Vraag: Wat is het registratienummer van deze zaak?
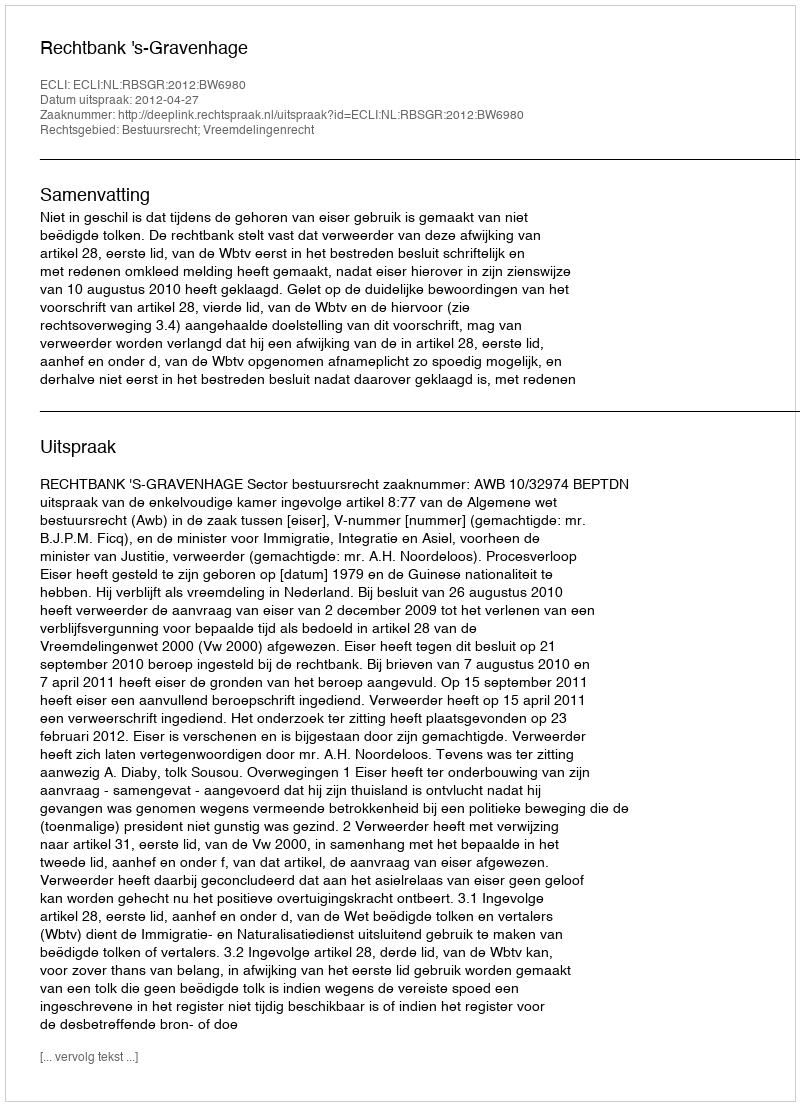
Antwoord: http://deeplink.rechtspraak.nl/uitspraak?id=ECLI:NL:RBSGR:2012:BW6980